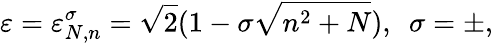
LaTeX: \varepsilon=\varepsilon_{N,n}^{\sigma}=\sqrt{2}(1-\sigma\sqrt{n^{2}+N}),~~\sigma=\pm,